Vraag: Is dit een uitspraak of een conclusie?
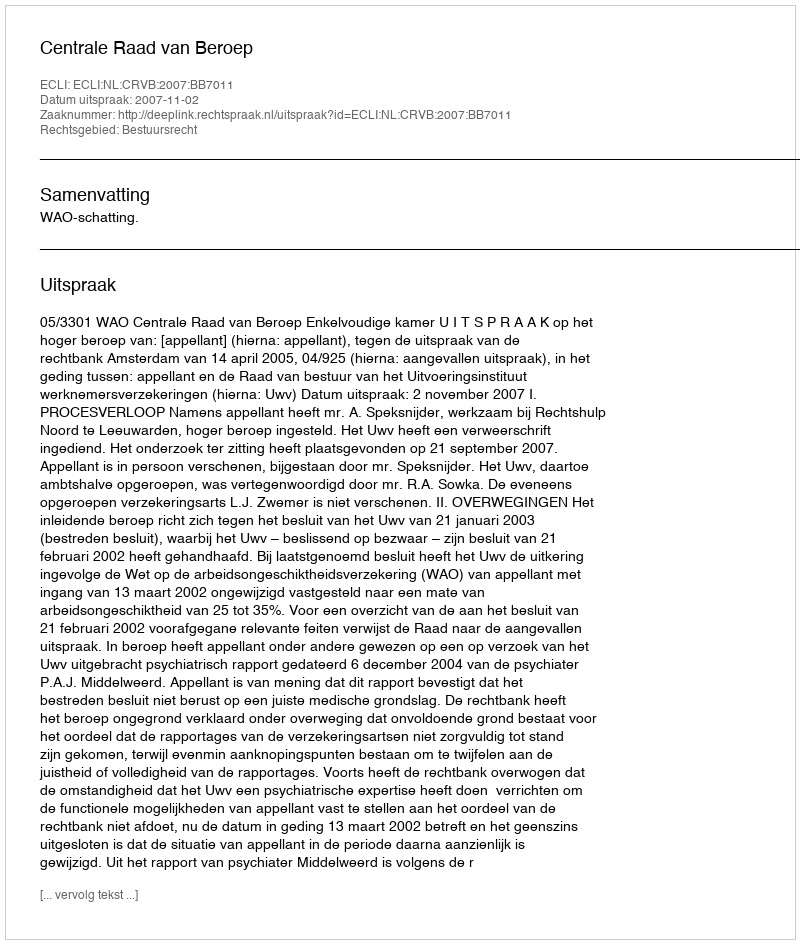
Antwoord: Uitspraak